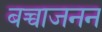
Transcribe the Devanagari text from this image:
बच्चाजनन